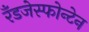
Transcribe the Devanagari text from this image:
रँडजेस्फोन्टेन